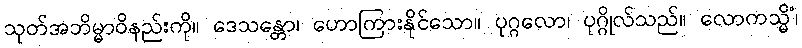
သုတ်အဘိမ္မာဝိနည်းကို။ ဒေသန္တော၊ ဟောကြားနိုင်သော။ ပုဂ္ဂလော၊ ပုဂ္ဂိုလ်သည်။ လောကသ္မိံ၊